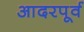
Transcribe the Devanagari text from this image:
आदरपूर्व